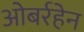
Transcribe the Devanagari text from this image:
ओबर्रहेन